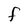
Character: f